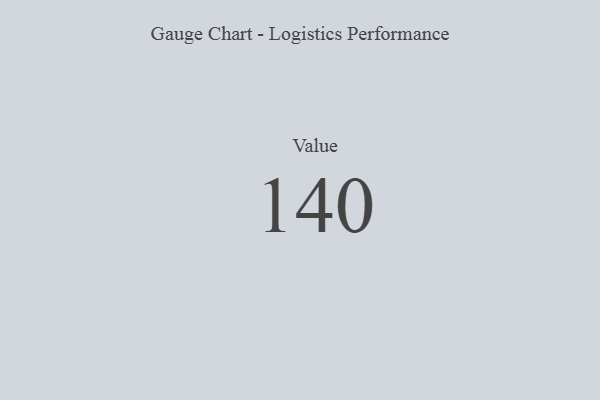
{"axis": {"x": "Metric", "y": "Value"}, "legend": [""], "data": [{"x": "Value", "y": 140, "type": ""}]}